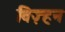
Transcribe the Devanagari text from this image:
विज़्हन